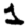
Digit: 1